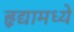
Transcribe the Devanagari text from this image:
हृद्यामध्ये